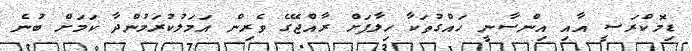
ޑިމޮކްރަސީ އާއި އިންސާނީ ހައްގުތަކާ ހިލާފަށް ރާއްޖޭގެ ވެރިން އަމަލުކުރަމުންދާ ކަމަށް ބުނެ